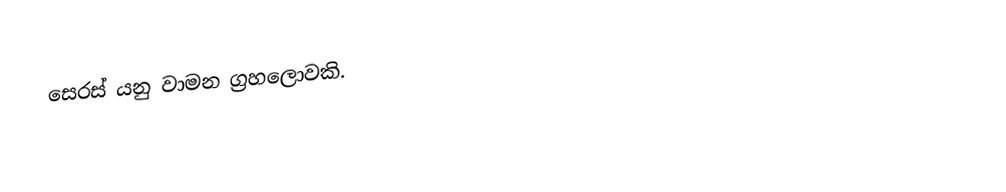
සෙරස් යනු වාමන ග්‍රහලොවකි.